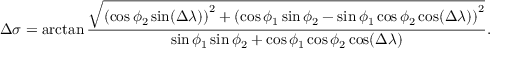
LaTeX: \Delta \sigma = \arctan { \frac { \sqrt { \left( \cos \phi _ { 2 } \sin ( \Delta \lambda ) \right) ^ { 2 } + \left( \cos \phi _ { 1 } \sin \phi _ { 2 } - \sin \phi _ { 1 } \cos \phi _ { 2 } \cos ( \Delta \lambda ) \right) ^ { 2 } } } { \sin \phi _ { 1 } \sin \phi _ { 2 } + \cos \phi _ { 1 } \cos \phi _ { 2 } \cos ( \Delta \lambda ) } } .